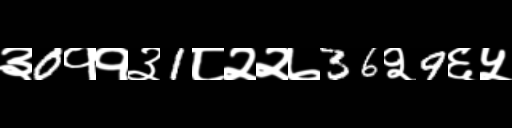
Text: ३0११३1८२२७36२9६५